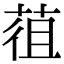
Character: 䓚